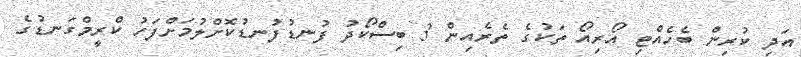
އަދި ކުރިން ބެހެއްޓި އޯރިއޯ ތަކުގެ ތެރެއިން 3 ބިސްކޯދު ފުނޑުފުނޑުކޮށްލުމަށްފަހު ކްރީމްގަނޑުގެ